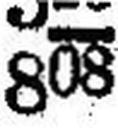
808